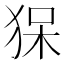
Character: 𤞥